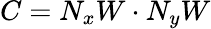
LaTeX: C={N}_{x}W\cdot{{N}_{y}}W